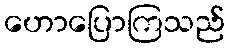
ဟောပြောကြသည်